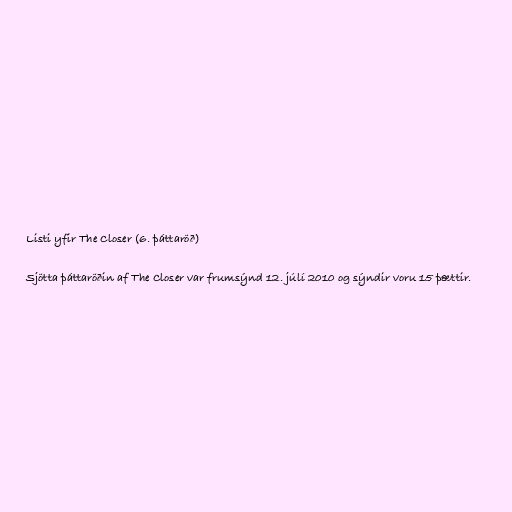
Listi yfir The Closer (6. þáttaröð)

Sjötta þáttaröðin af The Closer var frumsýnd 12. júlí 2010 og sýndir voru 15 þættir.